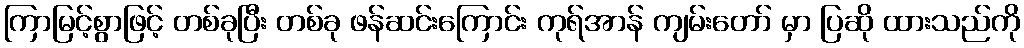
ကြာမြင့်စွာဖြင့် တစ်ခုပြီး တစ်ခု ဖန်ဆင်းကြောင်း ကုရ်အာန် ကျမ်းတော် မှာ ပြဆို ထားသည်ကို